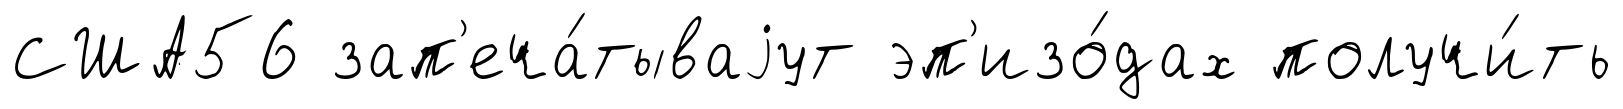
США56 зап'еча́тываjут эп'изо́дах получи́ть